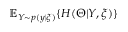
\mathbb { E } _ { Y \sim p ( y | \xi ) } \{ H ( \Theta | Y , \xi ) \}